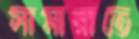
সামারাতে